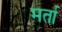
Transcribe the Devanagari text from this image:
मर्ता